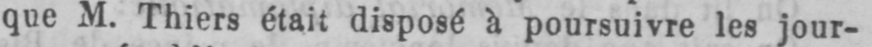
que M. Thiers était disposé à poursuivre les jour-